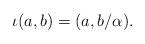
LaTeX: \begin{align*} \iota(a,b) = (a,b/\alpha).\end{align*}